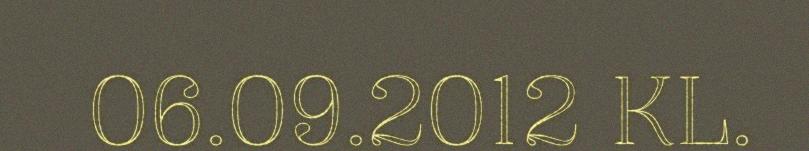
06.09.2012 KL.